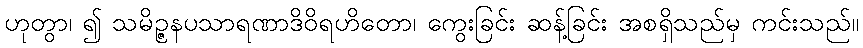
ဟုတွာ၊ ၍ သမိဉ္ဇနပသာရဏာဒိဝိရဟိတော၊ ကွေးခြင်း ဆန့်ခြင်း အစရှိသည်မှ ကင်းသည်။